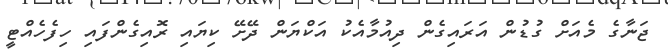
ޖަނާގެ މެއަށް ގުޑުން އަރައިގެން ދިއުމާއެކު އަކްޔަން ދޭށޭ ކިޔައި ރޮއިގެންފައި ހިފެހެއްޓީ